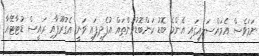
ނަމަވެސް އެމައްސަލައިގައި އެންމެ ބޮޑު ކަންބޮޑުވުންތައް އުފެދިފައި ވަނީ އެގުރޫޕާއި ރައީސް ޑުޓާޓޭއާ